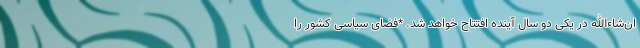
ان‌شاءالله در یکی دو سال آینده افتتاح خواهد شد. *فضای سیاسی کشور را